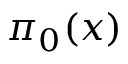
\pi _ { 0 } ( x )